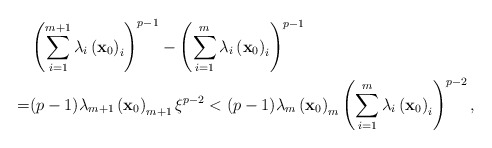
\begin{align*} & \left ( \sum^{m+1}_{i=1}\lambda_i\left( {\bf x}_0 \right)_i\right )^{p-1}-\left ( \sum^m_{i=1}\lambda_i\left( {\bf x}_0 \right)_i\right )^{p-1} \\ =&(p-1)\lambda_{m+1}\left( {\bf x}_0 \right)_{m+1} \xi^{p-2} <(p-1)\lambda_{m}\left( {\bf x}_0 \right)_m\left ( \sum^m_{i=1}\lambda_i\left( {\bf x}_0 \right)_i\right )^{p-2},\end{align*}